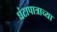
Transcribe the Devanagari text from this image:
घंटापात्राच्या